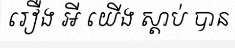
រឿង អី យើង ស្តាប់ បាន